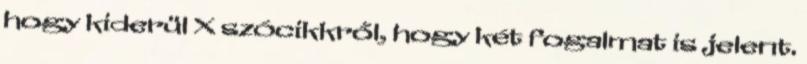
hogy kiderül X szócikkről, hogy két fogalmat is jelent.